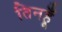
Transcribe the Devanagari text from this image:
तिनहूँ